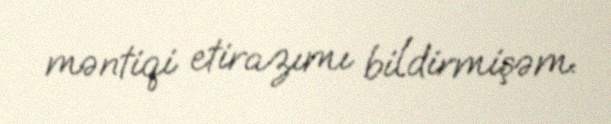
məntiqi etirazımı bildirmişəm.